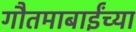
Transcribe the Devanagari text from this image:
गौतमाबाईंच्या